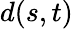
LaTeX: d(s,t)